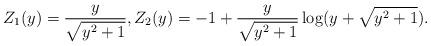
LaTeX: \begin{align*}Z_1 (y) = \frac{y} { \sqrt{y^2+1}}, Z_2(y) = - 1 + \frac{y} { \sqrt{y^2+1}}\log( y+ \sqrt{y^2+1}) .\end{align*}